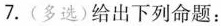
7. (多选)给出下列命题：